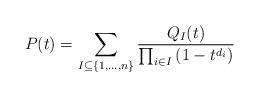
LaTeX: \begin{align*} P(t) = \sum_{I \subseteq \{1, \ldots , n\}} \frac{Q_I(t)}{\prod_{i \in I} \left(1-t^{d_i} \right)} \end{align*}